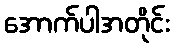
အောက်ပါအတိုင်း